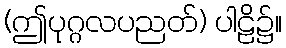
(ဤပုဂ္ဂလပညတ်) ပါဠိ၌။